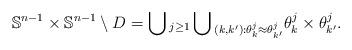
LaTeX: \begin{align*}\mathbb S^{n-1}\times \mathbb S^{n-1}\setminus D=\bigcup{}_{ j\ge 1 } \bigcup{}_{(k,k^\prime):\theta^j_k\approx\theta^j_{k^\prime}}\theta^j_k\times \theta^j_{k^\prime}.\end{align*}